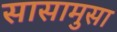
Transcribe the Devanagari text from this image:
सासामुसा